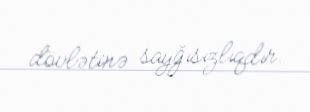
dövlətinə sayğısızlıqdır.